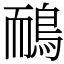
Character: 鴯